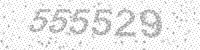
Solution: 555529